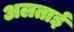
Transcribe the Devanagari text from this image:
अलताई